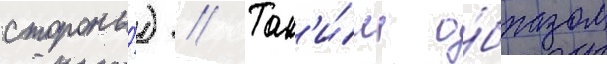
стороны́) // Так'и́м о́бразом